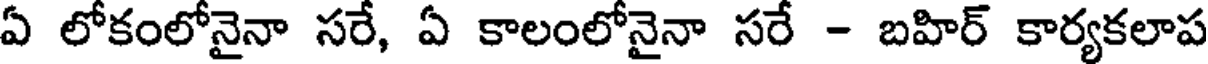
ఏ లోకంలోనైనా సరే, ఏ కాలంలోనైనా సరే - బహిర్ కార్యకలాప